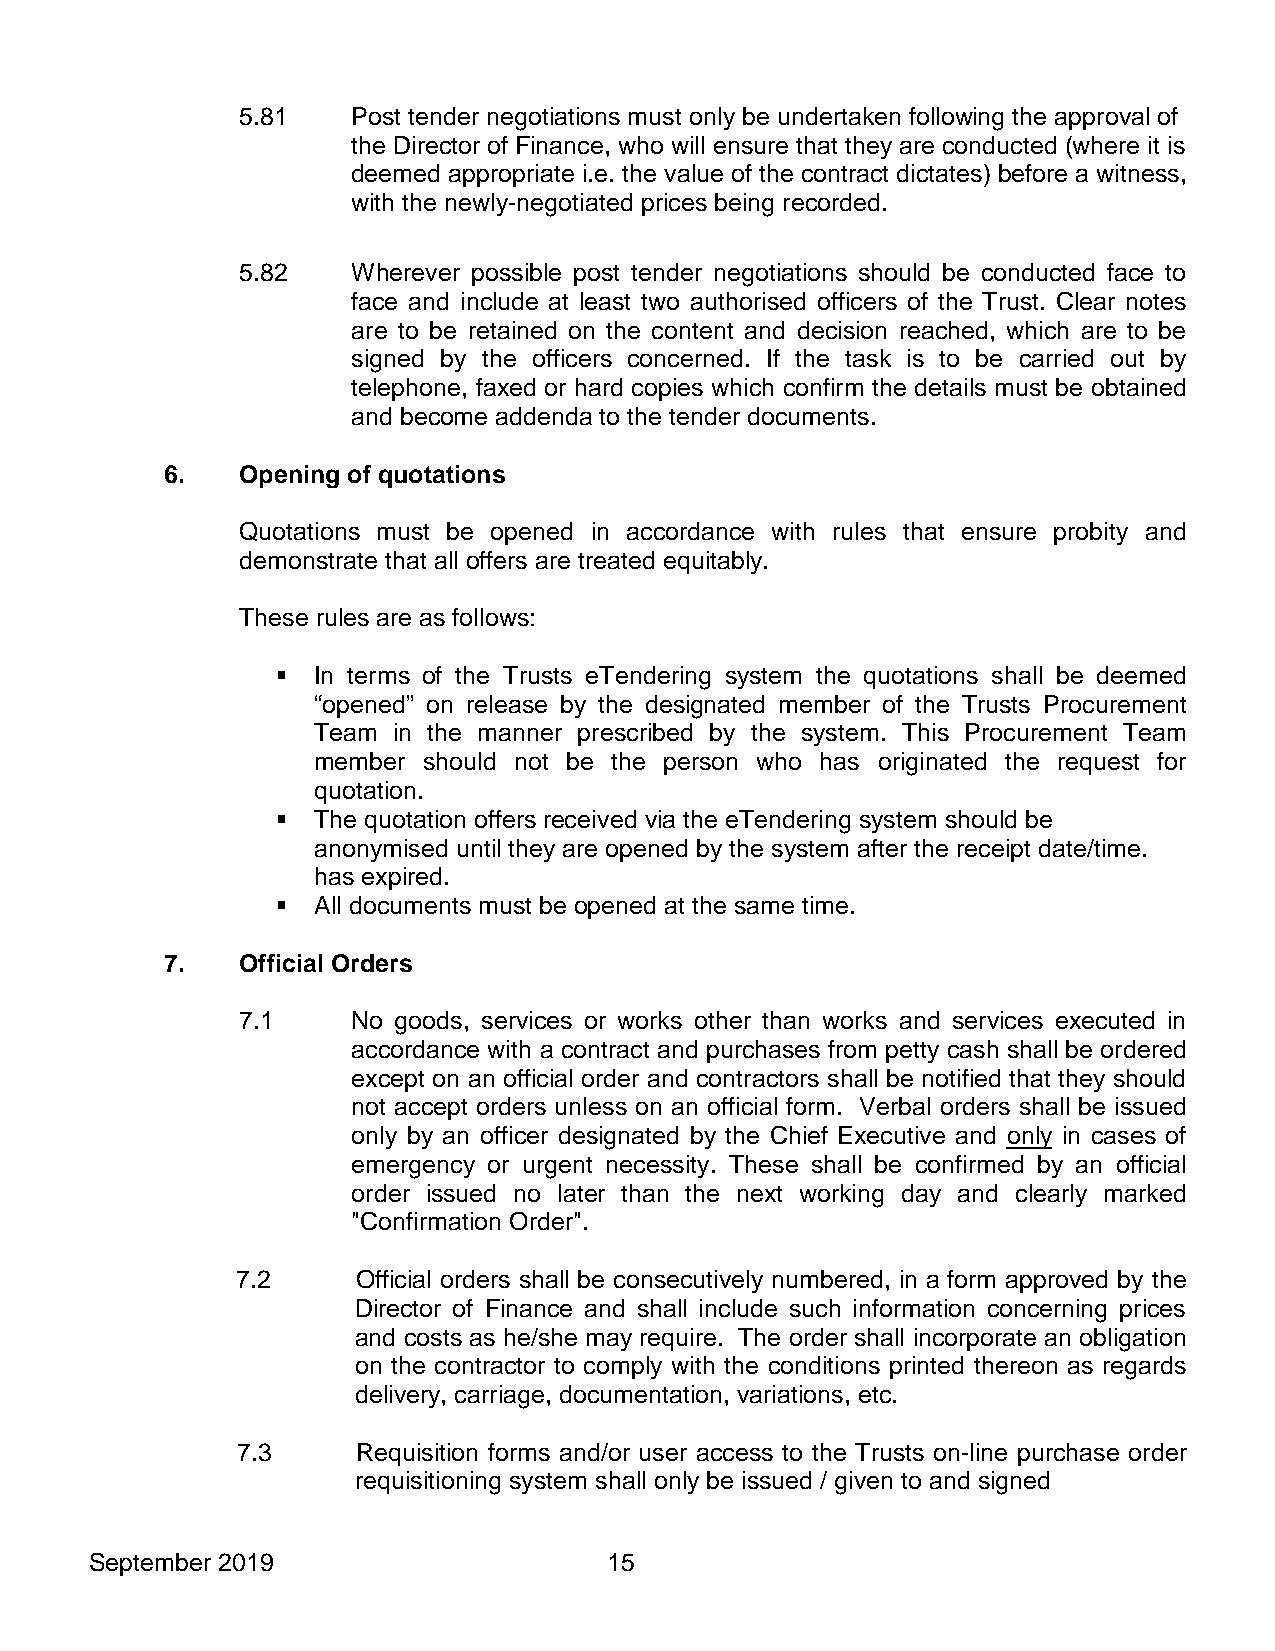
5.81   Post tender negotiations must only be undertaken following the approval of
 the Director of Finance, who will ensure that they are conducted (where it is
 deemed appropriate i.e. the value of the contract dictates) before a witness,
 with the newly-negotiated prices being recorded.
 5.82   Wherever possible post tender negotiations should be conducted face to
 face and include at least two authorised officers of the Trust. Clear notes
 are to be retained on the content and decision reached, which are to be
 signed by the officers concerned. If the task is to be carried out by
 telephone, faxed or hard copies which confirm the details must be obtained
 and become addenda to the tender documents.
 6.   Opening of quotations
 Quotations must be opened in accordance with rules that ensure probity and
 demonstrate that all offers are treated equitably.
 These rules are as follows:
   In terms of the Trusts eTendering system the quotations shall be deemed
 “opened” on release by the designated member of the Trusts Procurement
 Team in the manner prescribed by the system. This Procurement Team
 member should not be the person who has originated the request for
 quotation.
   The quotation offers received via the eTendering system should be
 anonymised until they are opened by the system after the receipt date/time.
 has expired.
   All documents must be opened at the same time.
 7.   Official Orders
 7.1    No goods, services or works other than works and services executed in
 accordance with a contract and purchases from petty cash shall be ordered
 except on an official order and contractors shall be notified that they should
 not accept orders unless on an official form. Verbal orders shall be issued
 only by an officer designated by the Chief Executive and only in cases of
 emergency or urgent necessity. These shall be confirmed by an official
 order issued no later than the next working day and clearly marked
 "Confirmation Order".
 7.2     Official orders shall be consecutively numbered, in a form approved by the
 Director of Finance and shall include such information concerning prices
 and costs as he/she may require. The order shall incorporate an obligation
 on the contractor to comply with the conditions printed thereon as regards
 delivery, carriage, documentation, variations, etc.
 7.3     Requisition forms and/or user access to the Trusts on-line purchase order
 requisitioning system shall only be issued / given to and signed
 September 2019                    15